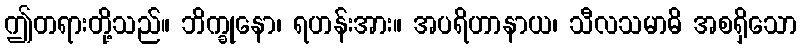
ဤတရားတို့သည်။ ဘိက္ခုနော၊ ရဟန်းအား။ အပရိဟာနာယ၊ သီလသမာဓိ အစရှိသော